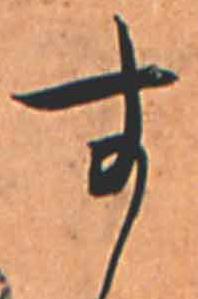
す